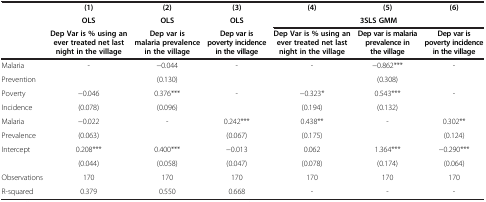
<table><thead><tr><td><b> </b></td><td><b>(1)</b></td><td><b>(2)</b></td><td><b>(3)</b></td><td><b>(4)</b></td><td><b>(5)</b></td><td><b>(6)</b></td></tr><tr><td><b> </b></td><td><b>OLS</b></td><td><b>OLS</b></td><td><b>OLS</b></td><td colspan="3"><b>3SLS GMM</b></td></tr><tr><td><b> </b></td><td><b>Dep Var is % using an ever treated net last night in the village</b></td><td><b>Dep var is malaria prevalence in the village</b></td><td><b>Dep var is poverty incidence in the village</b></td><td><b>Dep Var is % using an ever treated net last night in the village</b></td><td><b>Dep var is malaria prevalence in the village</b></td><td><b>Dep var is poverty incidence in the village</b></td></tr></thead><tbody><tr><td>Malaria</td><td>-</td><td>−0.044</td><td>-</td><td>-</td><td>−0.862***</td><td>-</td></tr><tr><td>Prevention</td><td> </td><td>(0.130)</td><td> </td><td> </td><td>(0.308)</td><td> </td></tr><tr><td>Poverty</td><td>−0.046</td><td>0.376***</td><td>-</td><td>−0.323*</td><td>0.543***</td><td>-</td></tr><tr><td>Incidence</td><td>(0.078)</td><td>(0.096)</td><td> </td><td>(0.194)</td><td>(0.132)</td><td> </td></tr><tr><td>Malaria</td><td>−0.022</td><td>-</td><td>0.242***</td><td>0.438**</td><td>-</td><td>0.302**</td></tr><tr><td>Prevalence</td><td>(0.063)</td><td> </td><td>(0.067)</td><td>(0.175)</td><td> </td><td>(0.124)</td></tr><tr><td>Intercept</td><td>0.208***</td><td>0.400***</td><td>−0.013</td><td>0.062</td><td>1.364***</td><td>−0.290***</td></tr><tr><td> </td><td>(0.044)</td><td>(0.058)</td><td>(0.047)</td><td>(0.078)</td><td>(0.174)</td><td>(0.064)</td></tr><tr><td>Observations</td><td>170</td><td>170</td><td>170</td><td>170</td><td>170</td><td>170</td></tr><tr><td>R-squared</td><td>0.379</td><td>0.550</td><td>0.668</td><td>-</td><td>-</td><td>-</td></tr></tbody></table>